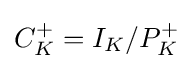
C_{K}^{+}=I_{K}/P_{K}^{+}